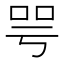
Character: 咢